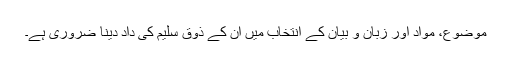
موضوع، مواد اور زبان و بیان کے انتخاب میں ان کے ذوق سلیم کی داد دینا ضروری ہے۔